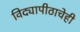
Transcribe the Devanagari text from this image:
विद्यापीठाचेही